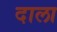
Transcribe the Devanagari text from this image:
दाला